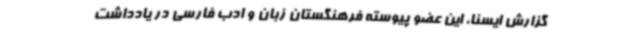
گزارش ایسنا، این عضو پیوسته فرهنگستان زبان و ادب فارسی در یادداشت